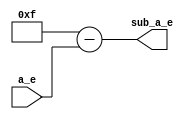
`define SIMULATION_MEMORY
//`define SIMULATION_addfp
`define VECTOR_DEPTH 64 //Q,K,V vector size
`define DATA_WIDTH 16
`define VECTOR_BITS 1024 // 16 bit each (16x64)
`define NUM_WORDS 32   //num of words in the sentence
`define BUF_AWIDTH 4 //16 entries in each buffer ram
`define BUF_LOC_SIZE 4 //4 words in each addr location
`define OUT_RAM_DEPTH 512 //512 entries in output bram
//`define EXPONENT 8
//`define MANTISSA 7
`define EXPONENT 5
`define MANTISSA 10
`define SIGN 1
`define DWIDTH (`SIGN+`EXPONENT+`MANTISSA)
`define DEFINES_DONE
`define DATAWIDTH (`SIGN+`EXPONENT+`MANTISSA)
`define IEEE_COMPLIANCE 1
`define NUM 4
`define ADDRSIZE 4

module sub2 (
  input [4:0] a_e,
  output [4:0] sub_a_e);

assign sub_a_e = 15 - a_e;

endmodule